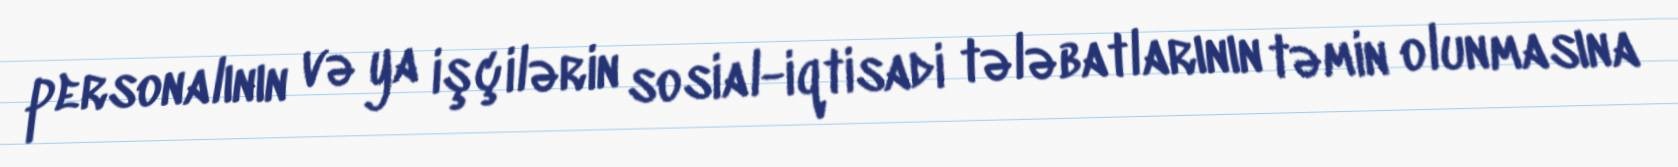
personalının və ya işçilərin sosial-iqtisadi tələbatlarının təmin olunmasına